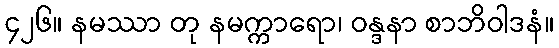
၄၂၆။ နမဿာ တု နမက္ကာရော၊ ဝန္ဒနာ စာဘိဝါဒနံ။